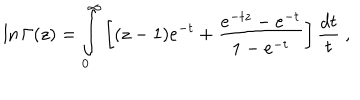
\ln \Gamma ( z ) = \int _ { 0 } ^ { \infty } \left[ ( z - 1 ) e ^ { - t } + \frac { e ^ { - t z } - e ^ { - t } } { 1 - e ^ { - t } } \right] \frac { d t } { t } \ ,